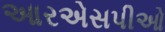
આરએસપીઓ